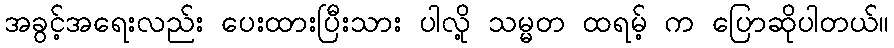
အခွင့်အရေးလည်း ပေးထားပြီးသား ပါလို့ သမ္မတ ထရမ့် က ပြောဆိုပါတယ်။